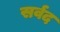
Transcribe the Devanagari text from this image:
सर्वद